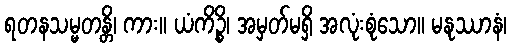
ရတနသမ္မတန္တိ၊ ကား။ ယံကိဉ္စိ၊ အမှတ်မရှိ အလုံးစုံသော။ မနုဿာနံ၊